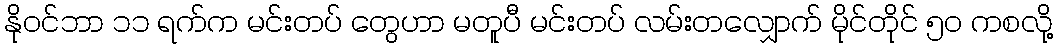
နိုဝင်ဘာ ၁၁ ရက်က မင်းတပ် တွေဟာ မတူပီ မင်းတပ် လမ်းတလျှောက် မိုင်တိုင် ၅၀ ကစလို့